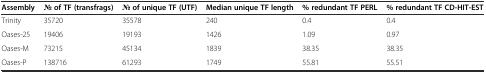
| Assembly | No of TF (transfrags) | No of unique TF (UTF) | Median unique TF length | % redundant TF PERL | % redundant TF CD-HIT-EST |
 | --- | --- | --- | --- | --- | --- |
 | Trinity | 35720 | 35578 | 240 | 0.4 | 0.4 |
 | Oases-25 | 19406 | 19193 | 1426 | 1.09 | 0.97 |
 | Oases-M | 73215 | 45134 | 1839 | 38.35 | 38.35 |
 | Oases-P | 138716 | 61293 | 1749 | 55.81 | 55.51 |